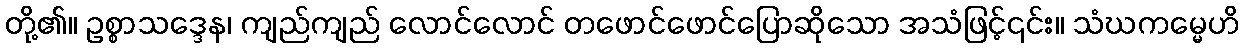
တို့၏။ ဥစ္စာသဒ္ဒေန၊ ကျည်ကျည် လောင်လောင် တဖောင်ဖောင်ပြောဆိုသော အသံဖြင့်၎င်း။ သံဃကမ္မေဟိ